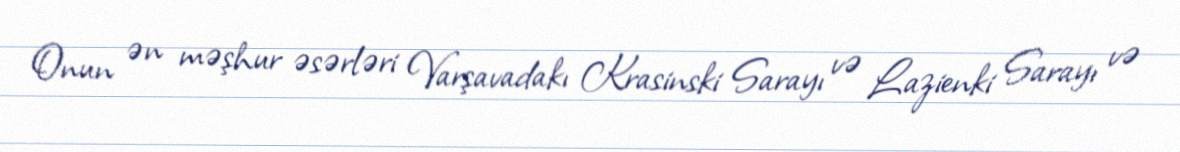
Onun ən məşhur əsərləri Varşavadakı Krasinski Sarayı və Lazienki Sarayı və